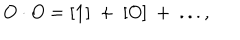
LaTeX: O \cdot O = [ { \bf 1 } ] ~ + ~ [ O ] ~ + ~ . . . ,